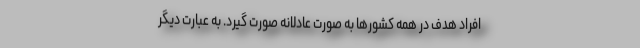
افراد هدف در همه کشورها به صورت عادلانه صورت گیرد. به عبارت دیگر